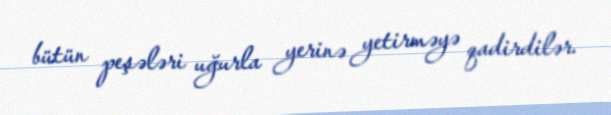
bütün peşələri uğurla yerinə yetirməyə qadirdilər.